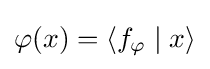
\varphi (x)=\left\langle f_{\varphi }\mid x\right\rangle